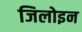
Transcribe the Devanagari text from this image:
जिलोइन